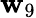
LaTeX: \mathbf{w}_{9}